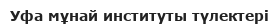
Уфа мұнай институты түлектері